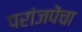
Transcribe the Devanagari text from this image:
परांजपेंचा